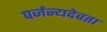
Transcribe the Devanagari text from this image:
पर्जन्यदेवता